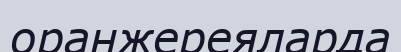
оранжереяларда